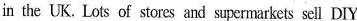
in the UK. Lots of stores and supermarkets scll DIY